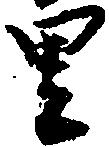
里